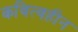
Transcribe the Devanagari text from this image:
कवित्वहीन